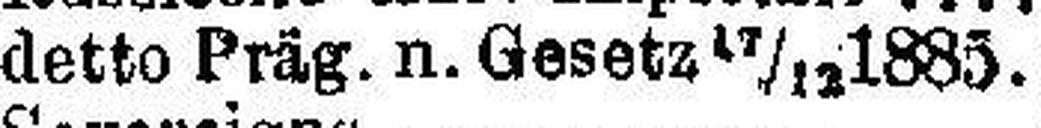
detto Präg. n. Gesetz 17/12 1885